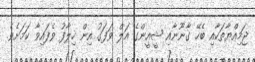
ޖަމިއްޔާތަކާއި ބެހޭ ގާނޫނާއި ޝީއީންގެ އަލް ވަފަގު އިން ހިލާފު ވެފައިވާ ކަމަށެވެ.